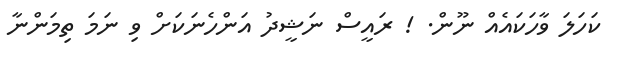
ކަހަލަ ވާހަކައެއް ނޫން. ! ރައީސް ނަޝީދު އަންހެނަކަށް ވި ނަމަ ތިމަންނާ